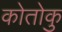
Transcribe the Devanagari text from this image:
कोतोकु